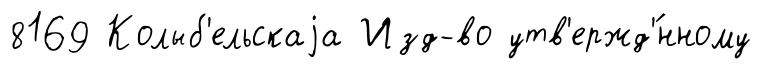
8169 Колыб'ельскаjа Изд-во утв'ержд'́нному